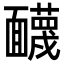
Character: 䩏